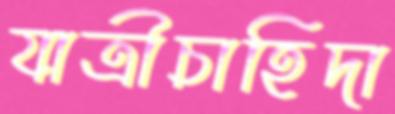
যাত্রীচাহিদা